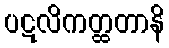
ပဋလိကတ္ထတာနိ